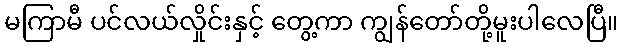
မကြာမီ ပင်လယ်လှိုင်းနှင့် တွေ့ကာ ကျွန်တော်တို့မူးပါလေပြီ။